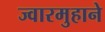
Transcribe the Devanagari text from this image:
ज्वारमुहाने